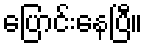
ပြောင်းနေပြီ။